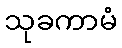
သုခကာမံ